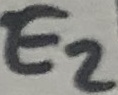
Text: E2